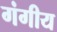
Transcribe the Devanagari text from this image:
गंगीय